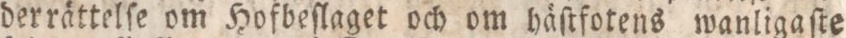
derrättelſe om Hofbeſlaget och om häſtfotens wanligaſte